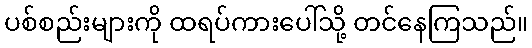
ပစ်စည်းများကို ထရပ်ကားပေါ်သို့ တင်နေကြသည်။